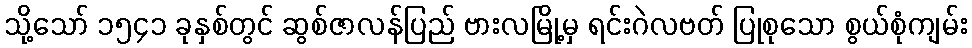
သို့သော် ၁၅၄၁ ခုနှစ်တွင် ဆွစ်ဇာလန်ပြည် ဗားလမြို့မှ ရင်းဂဲလဗတ် ပြုစုသော စွယ်စုံကျမ်း